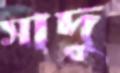
সাদু